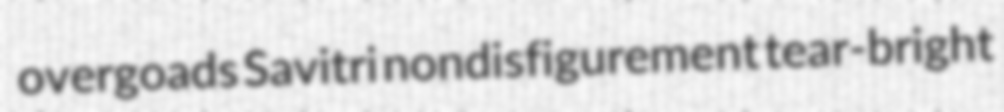
overgoads Savitri nondisfigurement tear-bright